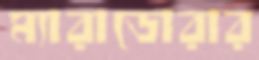
ম্যারাডোরার